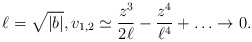
\begin{align*}\ell = \sqrt{|b|}, v_{1,2} \simeq \frac{z^3}{2\ell} - \frac{z^4}{\ell^4} + \ldots \rightarrow 0 .\end{align*}